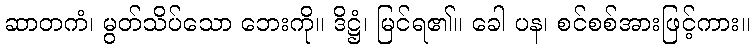
ဆာတကံ၊ မွတ်သိပ်သော ဘေးကို။ ဒိဋ္ဌံ၊ မြင်ရ၏။ ခေါ ပန၊ စင်စစ်အားဖြင့်ကား။